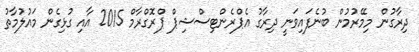
ދިރާގުން މިމޭރުމުން ބުނެފައިވަނީ ދިރާގު އެޕްރެންޓިސްޝިޕް ޕްރޮގްރާމް 2015 އާއި ގުޅިގެން މައުލުމާތު